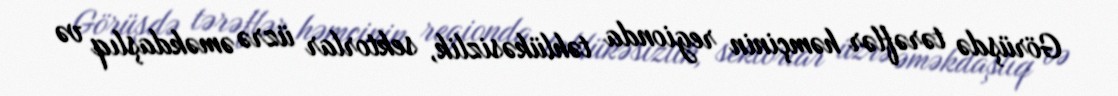
Görüşdə tərəflər həmçinin regionda təhlükəsizlik, sektorlar üzrə əməkdaşlıq və